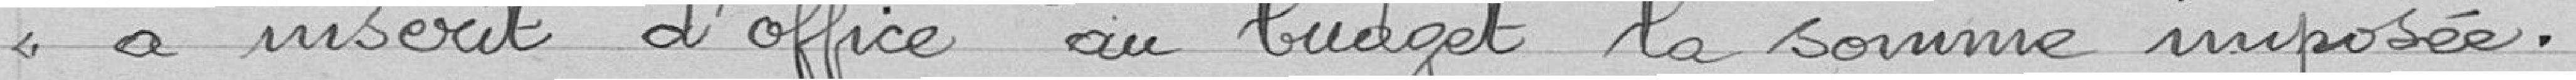
a inscrit d'office au budget la somme imposée.